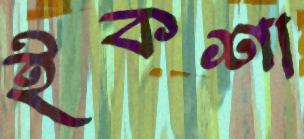
ইকশা